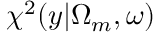
\chi ^ { 2 } ( y | \Omega _ { m } , \omega )